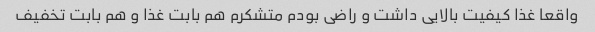
واقعا غذا کیفیت بالایی داشت و راضی بودم متشکرم هم بابت غذا و هم بابت تخفیف